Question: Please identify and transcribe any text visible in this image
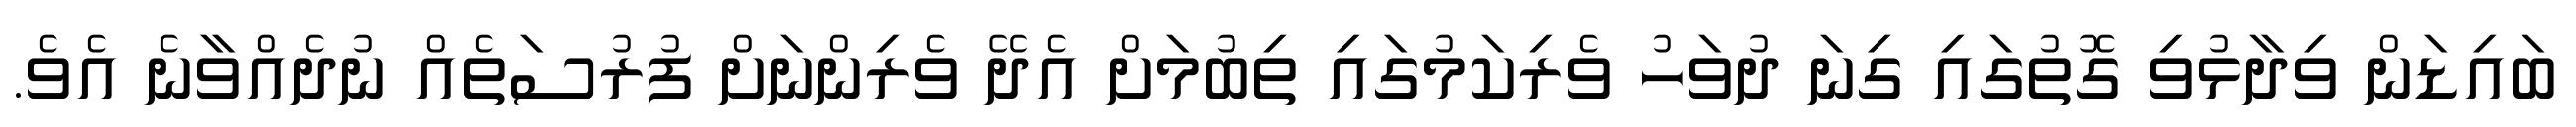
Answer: ބައިޑަން ވިދާޅުވި ގޮތުގައި ގިނަ ދުވަހު ވެރިކަމުގައި ތިބުމަށް އެދޭ ވެރިންނަށް ފުރުސަތެއް ނުދެއްވާނެ އެވެ.